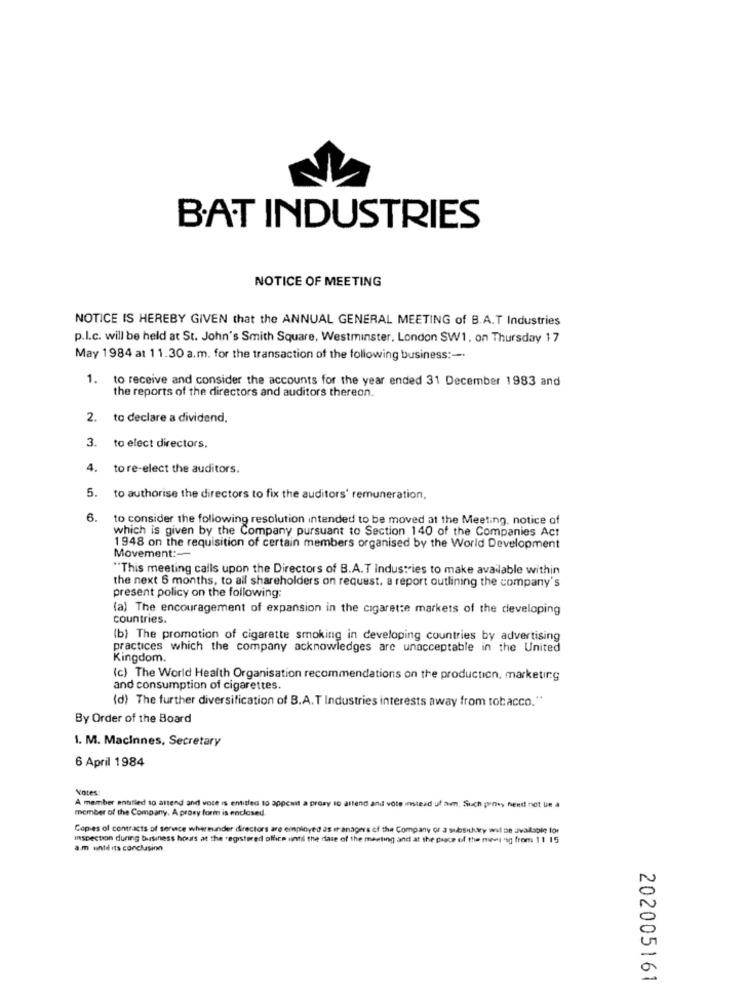
BAT INDUSTRIES
NOTICE OF MEETING
NOTICE IS HEREBY GIVEN that the ANNUAL GENERAL MEETING of B.A.T Industries
p.I.c. will be held at St. John's Smith Square, Westminster, London SW1, on Thursday 17
May 1984 at 11.30 a.m. for the transaction of the following business :-.
1.
to receive and consider the accounts for the year ended 31 December 1983 and
the reports of the directors and auditors thereon.
2. to declare a dividend.
3. to elect directors.
4. to re-elect the auditors.
5.
to authorise the directors to fix the auditors' remuneration,
6.
to consider the following resolution intended to be moved at the Meeting, notice of
which is given by the Company pursuant to Section 140 of the Companies Act
1948 on the requisition of certain members organised by the World Development
Movement :-
"This meeting calls upon the Directors of B.A.T Industries to make available within
the next 6 months, to all shareholders on request. a report outlining the company's
present policy on the following:
(a) The encouragement of expansion in the cigarette markets of the developing
countries.
(b) The promotion of cigarette smoking in developing countries by advertising
practices which the company acknowledges are unacceptable in the United
Kingdom.
(c) The World Health Organisation recommendations on the production, marketing
and consumption of cigarettes.
(d) The further diversification of B.A. T Industries interests away from tobacco."
By Order of the Board
1. M. Macinnes, Secretary
6 April 1984
Votes:
A member entitled to attend and vore is entitled to appcait a prosy to attend and vote instead uf am, Such prosy nenti not ue À
member of the Company. A proxy form is enclosed.
Copies of contracts of senace whereunder directors are employed as managers of the Company or a subsihary wil be Jiwallspie for
inspection during business hours at the registered office until the date of the meeting and at the pasce of the mews 'sg from 11 15
a.m until its conclusinn
202005161